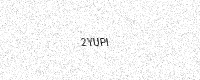
Text: 2YUPI